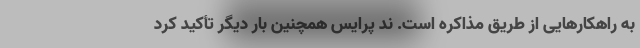
به راهکارهایی از طریق مذاکره است. ند پرایس همچنین بار دیگر تأکید کرد